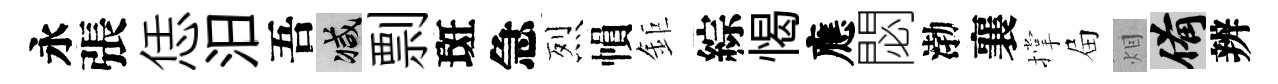
永張恁汨吾减剽斑急烈𢄙鉅綜愒應閟渤襄撑屇𤇆備辨